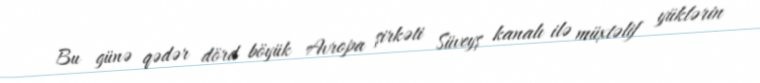
Bu günə qədər dörd böyük Avropa şirkəti Süveyş kanalı ilə müxtəlif yüklərin